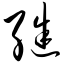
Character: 继